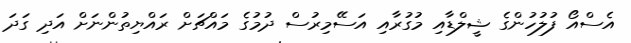
އެސްއޯ ފުލުހުންގެ ޝީލްޑާއި މުގުރާއި އަސޭމިރުސް ދުމުގެ މައްޗަށް ރައްޔިތުންނަށް އަދި ގަދަ